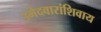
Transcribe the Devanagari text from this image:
उमेदवारांशिवाय